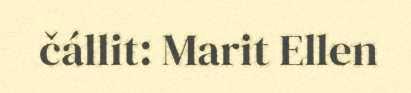
čállit: Marit Ellen